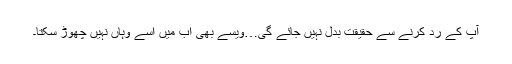
آپ کے رد کرنے سے حقیقت بدل نہیں جائے گی…ویسے بھی اب میں اسے وہاں نہیں چھوڑ سکتا۔